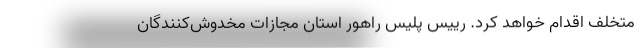
متخلف اقدام خواهد کرد. رییس پلیس راهور استان مجازات مخدوش‌کنندگان